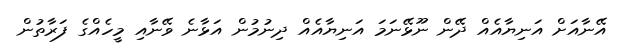
އޭނާއަށް އަނިޔާއެއް ދޭން ނޫޅޭނަމަ އަނިޔާއެއް ދިނުމުން އަޅާނެ ވޭނާއި މީހެއްގެ ފަރާތުން